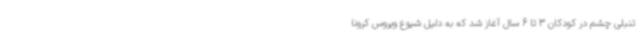
تنبلی چشم در کودکان 3 تا 6 سال آغاز شد که به دلیل شیوع ویروس کرونا